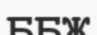
ББЖ